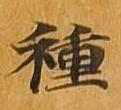
種